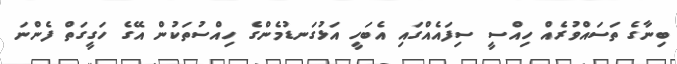
ބިނާގެ ތަސައްވުރެއް ހިއްސީ ސިފައެއްގައި އެބަހީ އަޅުގަނޑުމެންގެ ހިއްސުތަކުން އޭގެ ހަގީގަތް ފެންނަ